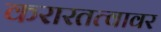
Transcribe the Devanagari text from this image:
करारतत्वावर